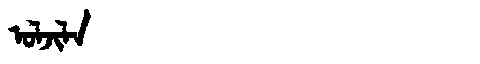
Manchu: ᠣᠯᠵᡳᠯᠠ
Romanization: OLJILA